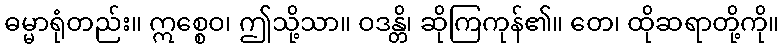
ဓမ္မာရုံတည်း။ ဣစ္စေဝ၊ ဤသို့သာ။ ဝဒန္တိ၊ ဆိုကြကုန်၏။ တေ၊ ထိုဆရာတို့ကို။